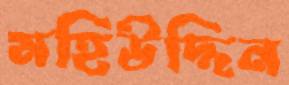
মহিউদ্দিন